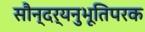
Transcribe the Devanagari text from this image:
सौन्दर्यनुभूतिपरक